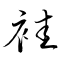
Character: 袿